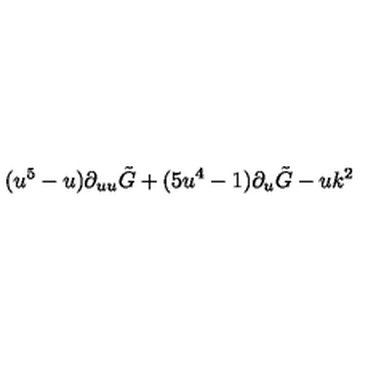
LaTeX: ( u ^ { 5 } - u ) \partial _ { u u } \tilde { G } + ( 5 u ^ { 4 } - 1 ) \partial _ { u } \tilde { G } - u k ^ { 2 }